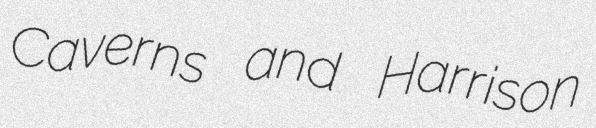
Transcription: Caverns and Harrison